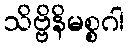
သိဗ္ဗိနိမစ္စဂါ